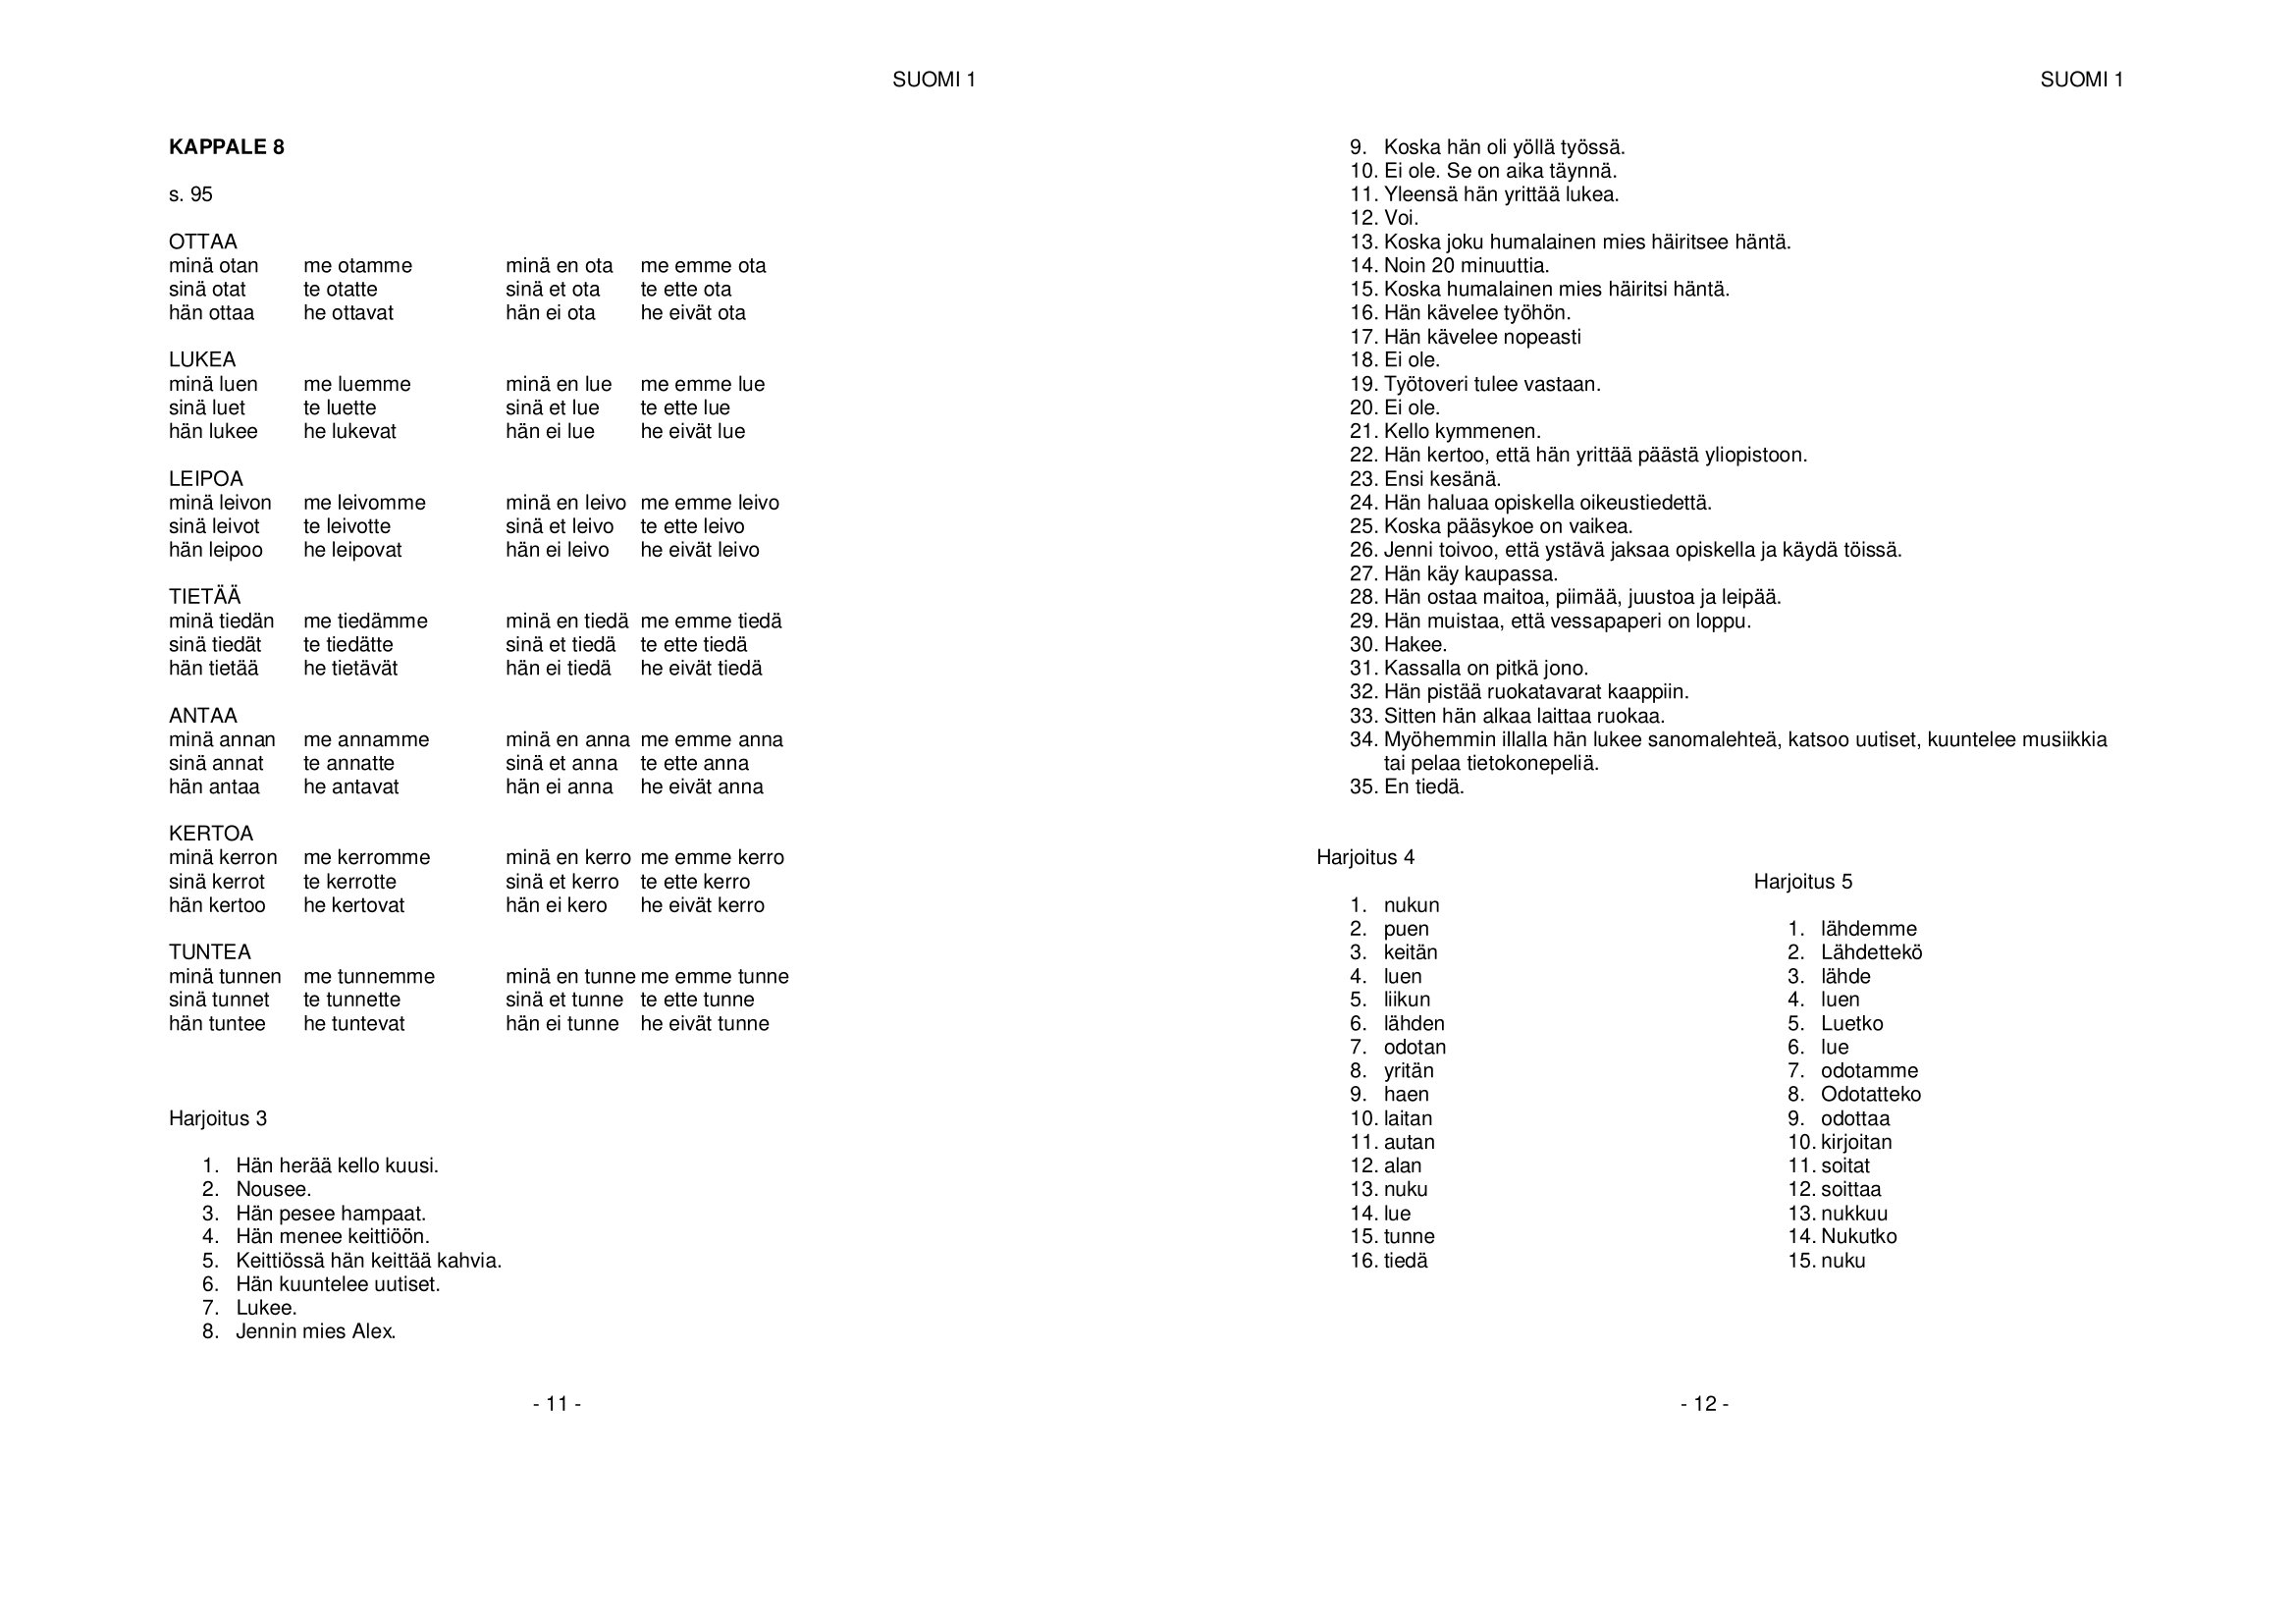
Language: fn